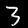
Label: 3